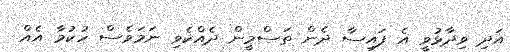
އަދި ވިދާޅުވީ އެ ފައިސާ ދެން ތަސްމީން ދެއްކެވި ނަމަވެސް ހުކުމާ އެއް